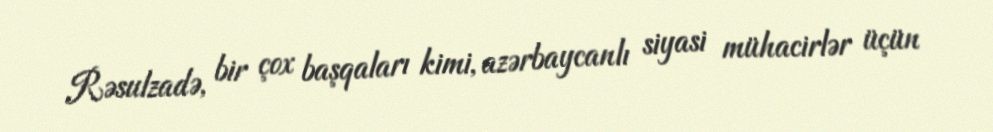
Rəsulzadə, bir çox başqaları kimi, azərbaycanlı siyasi mühacirlər üçün